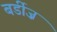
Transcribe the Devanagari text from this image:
बर्डीज़